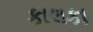
કાલકા